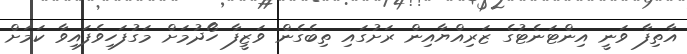
އާތިފާ ވަނީ އިންޓަނެޓުގެ ޒަރިއްޔާއިން ރަށުގައި ތިބެގެން ވަޒީފާ ހޯދުމަށް މަގުފަހިވެފައިވާ ކަމަށް